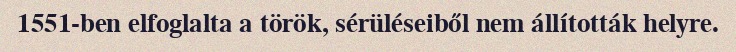
1551-ben elfoglalta a török, sérüléseiből nem állították helyre.